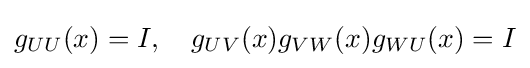
g_{UU}(x)=I,\quad g_{UV}(x)g_{VW}(x)g_{WU}(x)=I